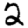
Digit: 2